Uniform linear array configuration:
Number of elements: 24
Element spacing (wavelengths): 1
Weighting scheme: hann
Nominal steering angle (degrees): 30
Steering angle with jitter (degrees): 31.037
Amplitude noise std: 0.05
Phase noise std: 0.05

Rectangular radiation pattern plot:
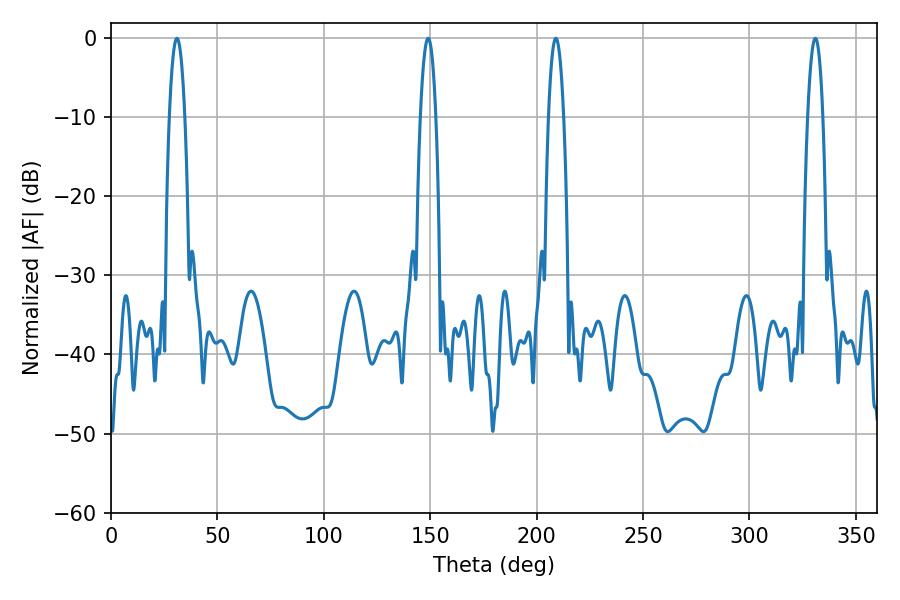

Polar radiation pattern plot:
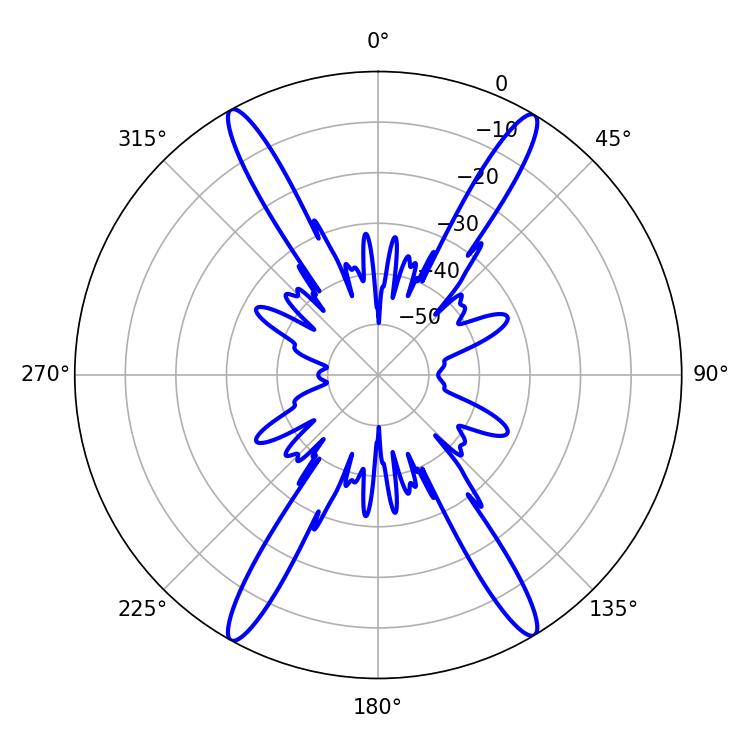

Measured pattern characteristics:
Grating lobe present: TRUE
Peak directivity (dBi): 25.258
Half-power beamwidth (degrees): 3.96
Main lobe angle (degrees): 30.96